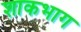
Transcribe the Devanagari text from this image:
शाकभाग